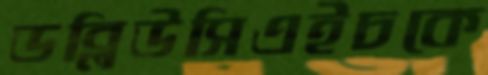
ডব্লিউসিএইচকে